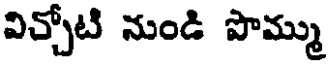
విచ్చోటి నుండి పొమ్ము